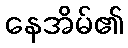
နေအိမ်၏